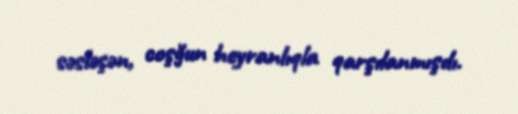
səsləşən, coşğun heyranlıqla qarşılanmışdı.